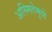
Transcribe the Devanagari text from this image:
अस्मितेमुळे